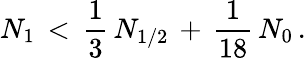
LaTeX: N_{1}\, <\, \frac{1}{3}\, N_{1/2}\, +\, \frac{1}{18}\, N_{0}\, .